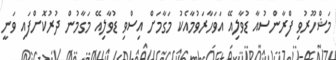
މަޝްހޫރުވި ފްރާންސުއާ ޑުވާލިއޭ އަވަހާރަވުމާއެކު މަގާމަށް އިސްވި ޑުވާލިއޭ މަގާމުން ދުރުކޮށްފައި ވަނީ